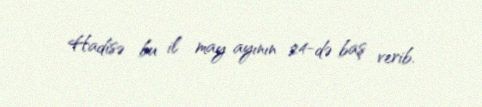
Hadisə bu il may ayının 24-də baş verib.